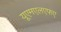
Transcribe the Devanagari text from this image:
यूएमएलएफए